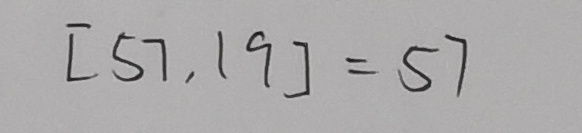
[ 5 7 , 1 9 ] = 5 7